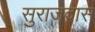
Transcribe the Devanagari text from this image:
सुराजदास